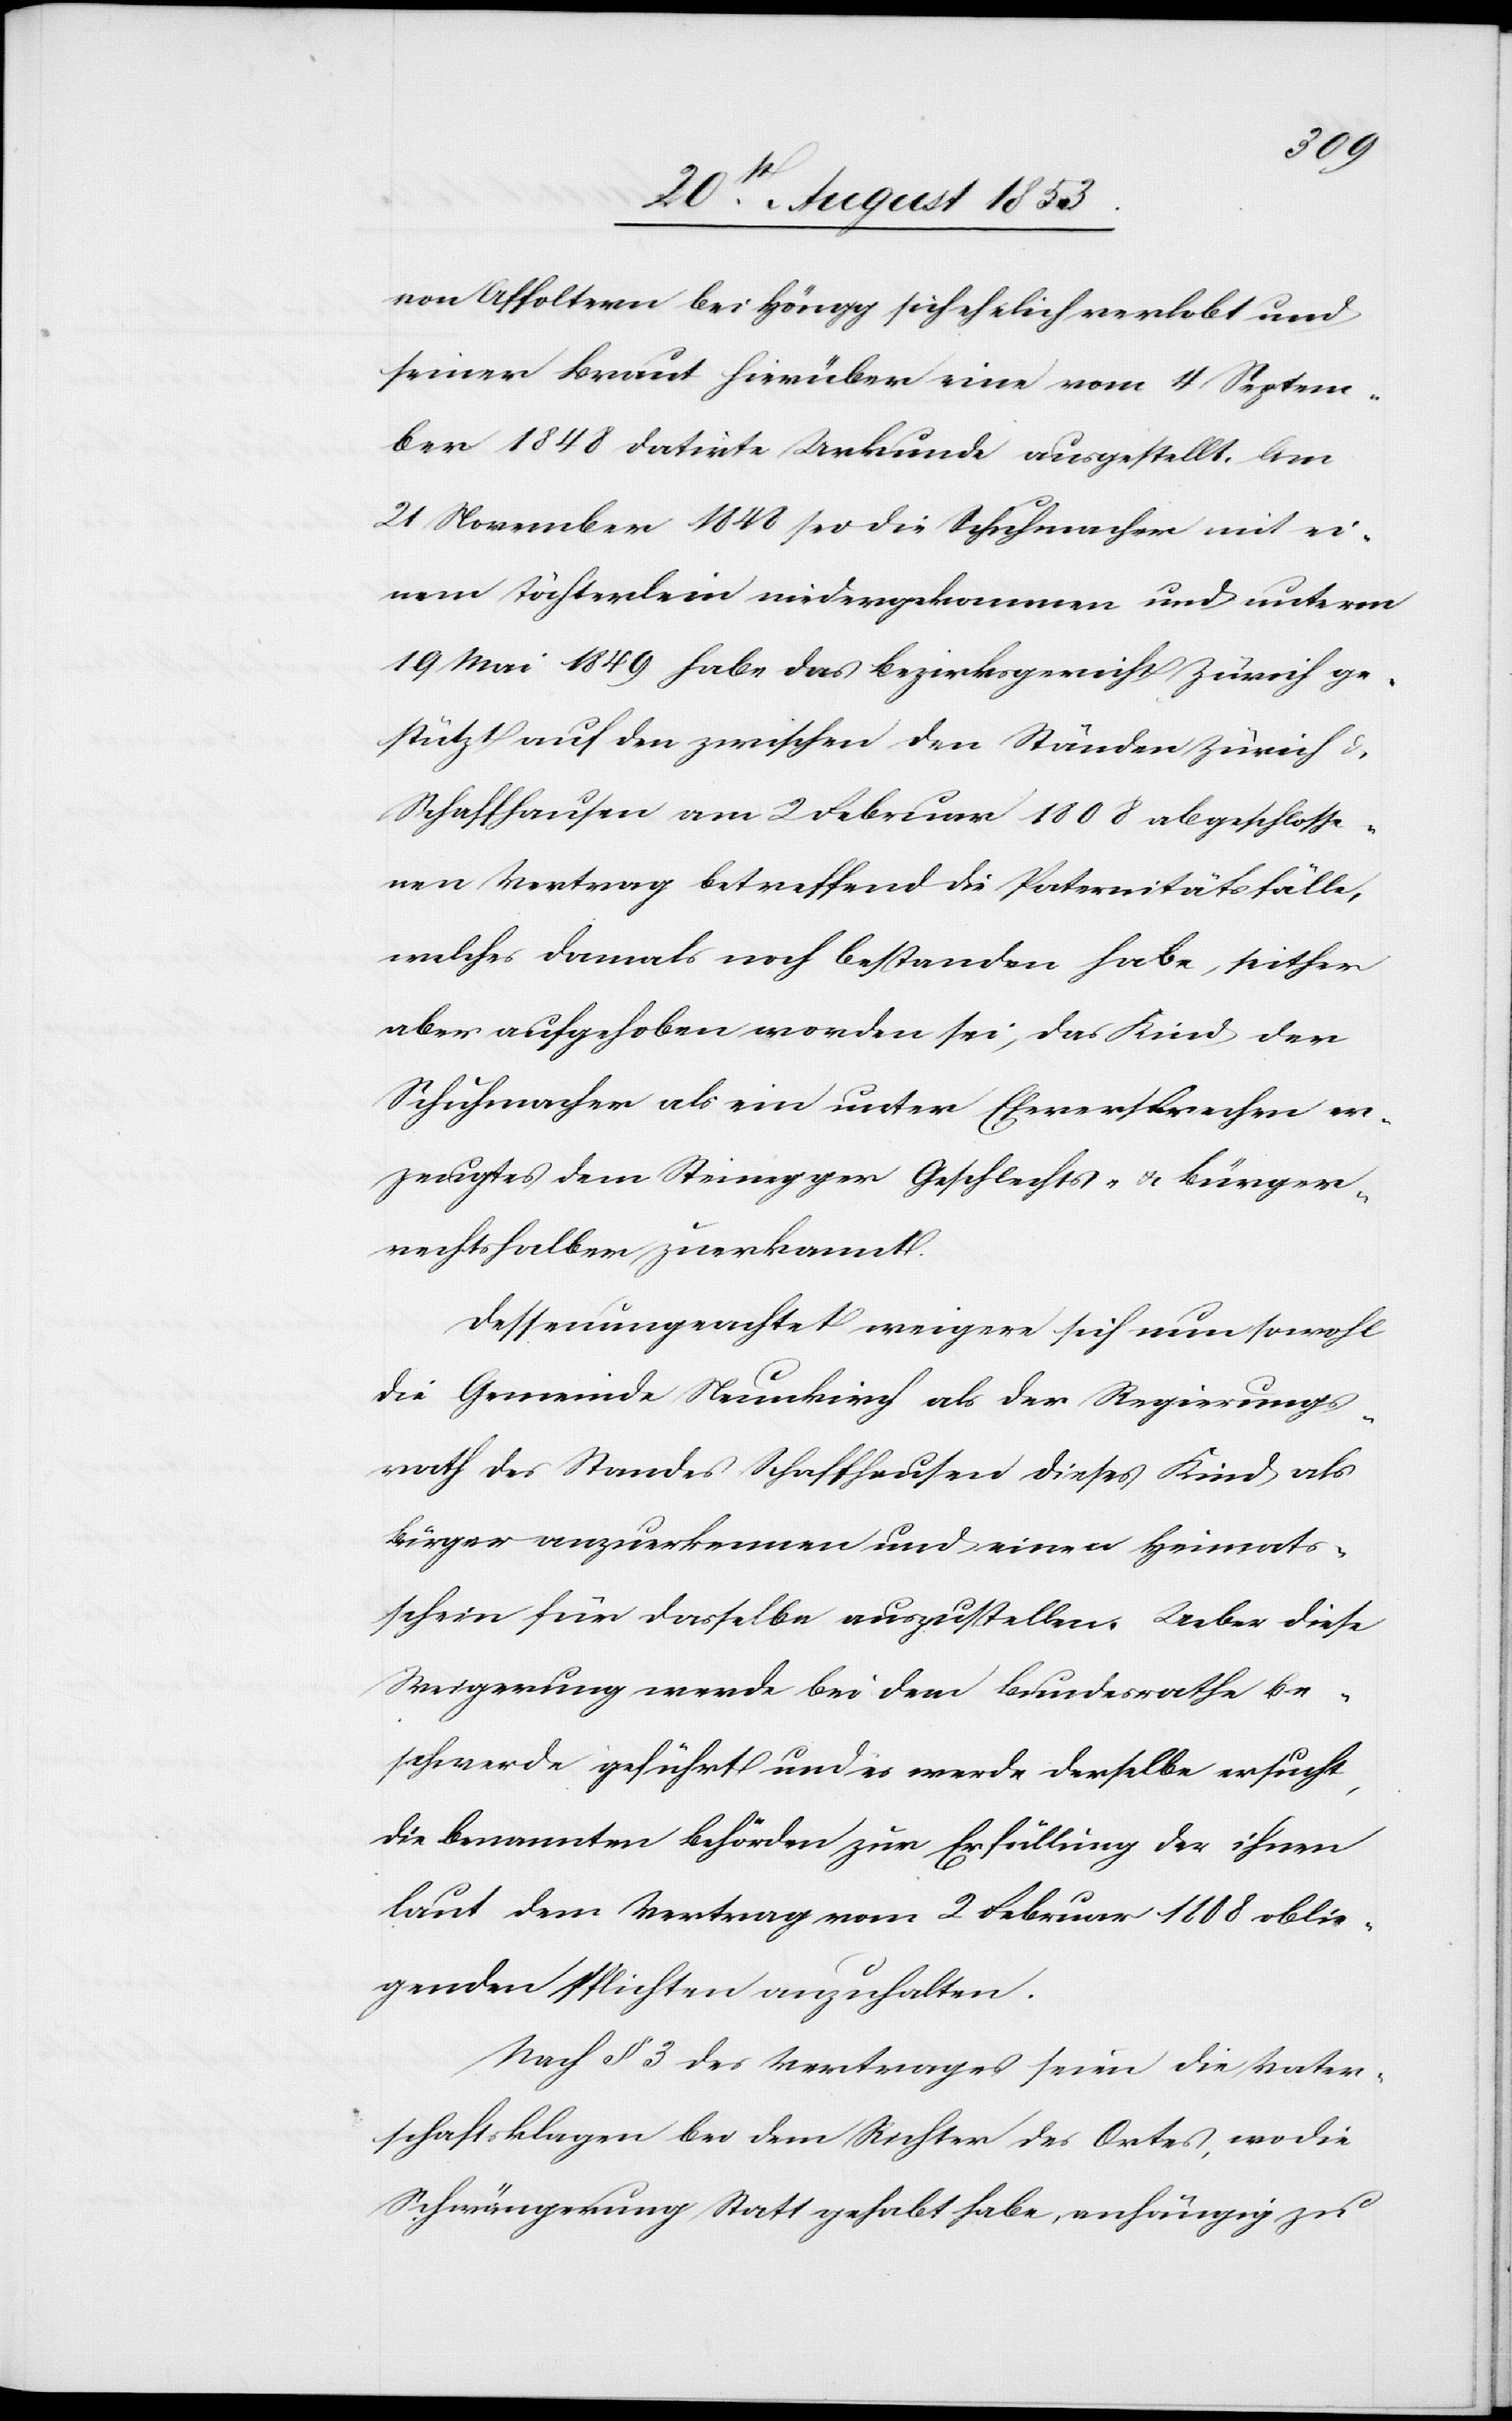
von Affoltern bei Höngg sich ehelich verlobt und
seiner Braut hierüber eine vom 4 Septem¬
ber 1848 datirte Urkunde ausgestellt. Am
21 November 1848 sei die Schuhmacher mit ei¬
nem Töchterlein niedergekommen und unterm
19 Mai 1849 habe das Bezirksgericht Zürich ge¬
stützt auf den zwischen den Ständen Zürich u.
Schaffhausen am 2 Februar 1808 abgeschlosse¬
nen Vertrag betreffend die Paternitätsfälle,
welcher damals noch bestanden habe, seither
aber aufgehoben worden sei, das Kind der
Schuhmacher als ein unter Eheversprechen er¬
zeugtes dem Steinegger Geschlechts- u. Bürger¬
rechtshalber zuerkannt.
Dessenungeachtet weigere sich nun sowohl
die Gemeinde Neunkirch als der Regierungs¬
rath des Standes Schaffhausen dieses Kind als
Bürger anzuerkennen und einen Heimats¬
schein für dasselbe auszustellen. Ueber diese
Weigerung werde bei dem Bundesrathe Be¬
schwerde geführt und es werde derselbe ersucht,
die benannten Behörden zur Erfüllung des ihnen
laut dem Vertrag vom 2 Februar 1808 oblie¬
genden Pflichten anzuhalten.
Nach § 3 des Vertrages seien die Vater¬
schaftsklagen bei dem Richter des Ortes, wo die
Schwängerung Statt gehabt habe, anhängig zu